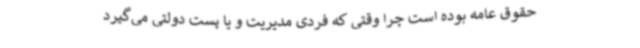
حقوق عامه بوده است چرا وقتی که فردی مدیریت و یا پست دولتی می‌گیرد